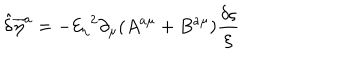
LaTeX: { \hat { \delta } } { { \overline { { { \eta } } } } ^ { a } } = - { { \mathcal { E } _ { \eta } } } ^ { 2 } \partial _ { \mu } ( A ^ { a \mu } + B ^ { a \mu } ) { \frac { \delta \varsigma } { \xi } }